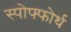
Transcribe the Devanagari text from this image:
स्पोफ्फोर्थ